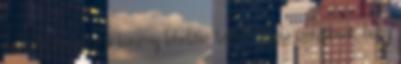
az új közbeszerzési törvény lehetővé tette a közbeszerzőknek, hogy